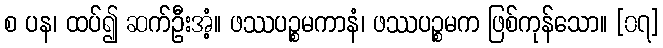
စ ပန၊ ထပ်၍ ဆက်ဦးအံ့။ ဖဿပဉ္စမကာနံ၊ ဖဿပဉ္စမက ဖြစ်ကုန်သော။ [၀၇]